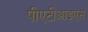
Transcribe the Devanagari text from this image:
पीएटीआइएस